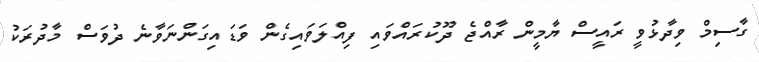
ގާސިމް ވިދާޅުވީ ރައީސް ޔާމީން ރާއްޖެ ދޫކުރައްވައި ފިއްލަވައިގެން ވަޑައިގަންނަވާނެ ދުވަސް މާދުރަކު